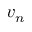
v _ { n }